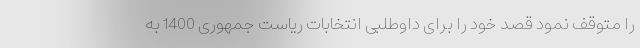
را متوقف نمود قصد خود را برای داوطلبی انتخابات ریاست جمهوری 1400 به